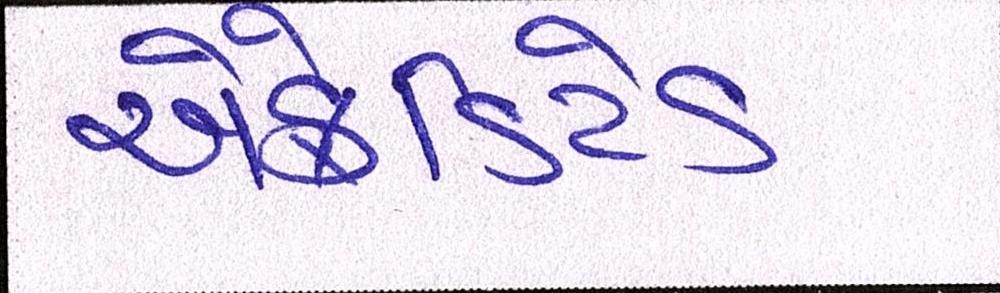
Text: એક્રેડિટેડ